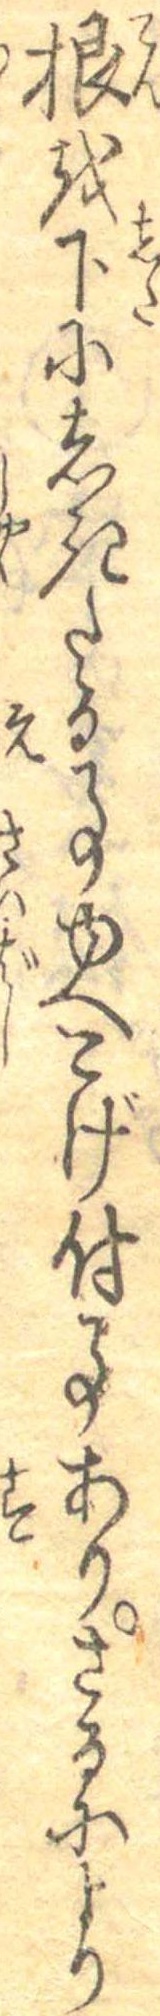
根を下にしきたる事ゆへこげ付事ありさるにより